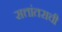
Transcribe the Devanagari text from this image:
सत्तांतराची